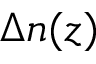
\Delta n ( z )